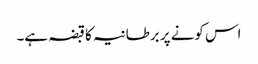
اس کونے پر برطانیہ کا قبضہ ہے۔